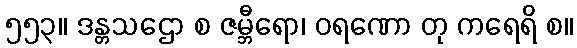
၅၅၃။ ဒန္တသဌော စ ဇမ္ဘီရော၊ ဝရဏော တု ကရေရိ စ။